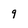
Character: 9